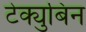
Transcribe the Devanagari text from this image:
टेक्युबिन